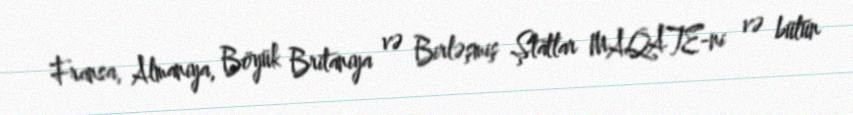
Fransa, Almaniya, Böyük Britaniya və Birləşmiş Ştatlar MAQATE-ni və bütün